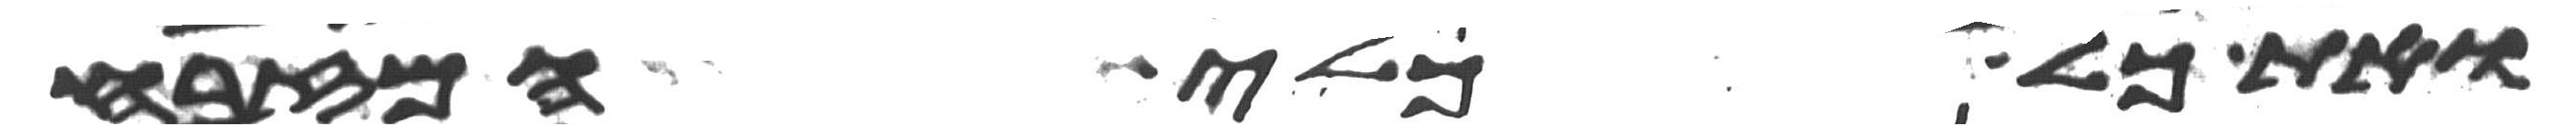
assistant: ואת כל כלי המזבח